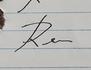
Signature authenticity: forged